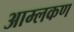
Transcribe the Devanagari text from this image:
आम्लकण